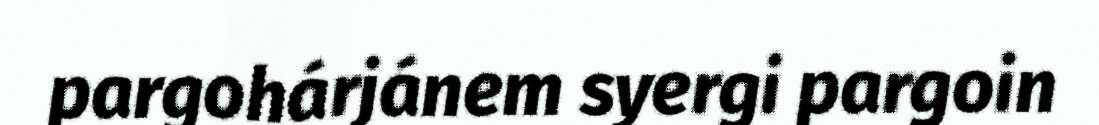
pargohárjánem syergi pargoin